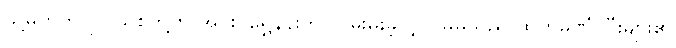
သို့မဟုတ် ပြင်သစ်တို့က အင်းဝရွှေနန်းကို လွှမ်းမိုးခဲ့လျှင် မိမိသည် ထိုကုမ္ပဏီကြီးများ၏